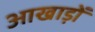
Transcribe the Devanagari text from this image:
आखाड़ों